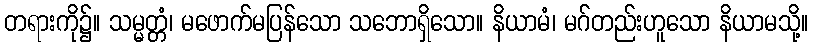
တရားကို၌။ သမ္မတ္တံ၊ မဖောက်မပြန်သော သဘောရှိသော။ နိယာမံ၊ မဂ်တည်းဟူသော နိယာမသို့။